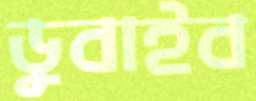
ডুবাইব